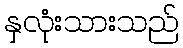
နှလုံးသားသည်